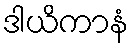
ဒါယိကာနံ